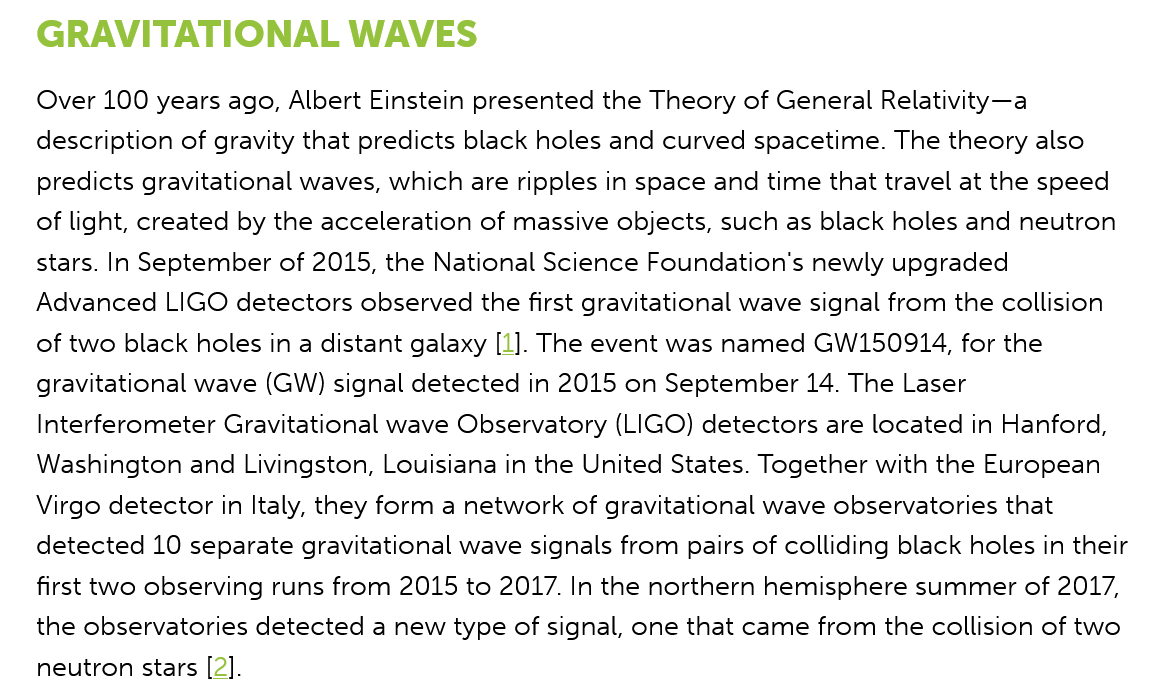
GRAVITATIONAL    WAVES
   Over 100 years ago, Albert Einstein presented the Theory of General Relativity—a
   description of gravity that predicts black holes and curved spacetime. The theory also
   predicts gravitational waves, which are ripples in space and time that travel at the speed
   of light, created by the acceleration of massive objects, such as black holes and neutron
   stars. In September of 2015, the National Science Foundation’s newly upgraded
   Advanced  LIGO detectors observed the first gravitational wave signal from the collision
   of two black holes in a distant galaxy [1]. The event was named GW150914, for the
   gravitational wave (GW) signal detected in 2015 on September 14. The Laser
   Interferometer Gravitational wave Observatory (LIGO) detectors are located in Hanford,
   Washington and Livingston, Louisiana in the United States. Together with the European
   Virgo detector in Italy, they form a network of gravitational wave observatories that
   detected 10 separate gravitational wave signals from pairs of colliding black holes in their
   first two observing runs from 2015 to 2017. In the northern hemisphere summer of 2017,
   the observatories detected a new type of signal, one that came from the collision of two
   neutron stars [2].